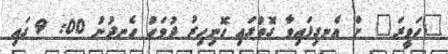
"ހަވީރަ" ށް އެނގިފައިވާ ގޮތުގައި ހޮނިހިރު ދުވަހު ހެނދުނު 00: 9 ގައި